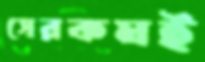
সেরকমই